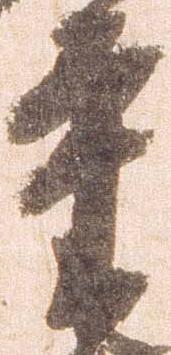
重